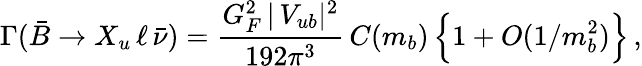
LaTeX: \Gamma(\bar{B}\to X_{u}\, \ell\, \bar{\nu})={\frac{G_{F}^{2}\, |\, V_{ub}|^{2}}{192\pi^{3}}}\, C(m_{b})\, \Big\{ 1+O(1/m_{b}^{2})\Big\} \, ,